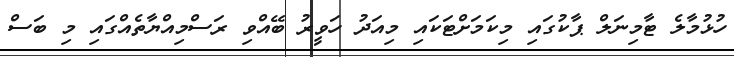
ހުޅުމާލެ ޓާމިނަލް ޕާކުގައި މިކަމަށްޓަކައި މިއަދު ހަވީރު ބޭއްވި ރަސްމިއްޔާތެއްގައި މި ބަސް